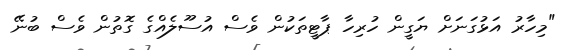
"މިހާރު އަޅުގަނަށް ޔަގީން ހުރިހާ ޕާޓީތަކުން ވެސް އުސޫލެއްގެ ގޮތުން ވެސް ބުނޭ